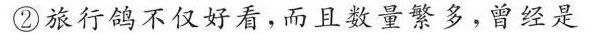
旅行鸽不仅好看，而且数量繁多，曾经是